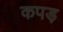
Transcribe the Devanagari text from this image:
कपड़